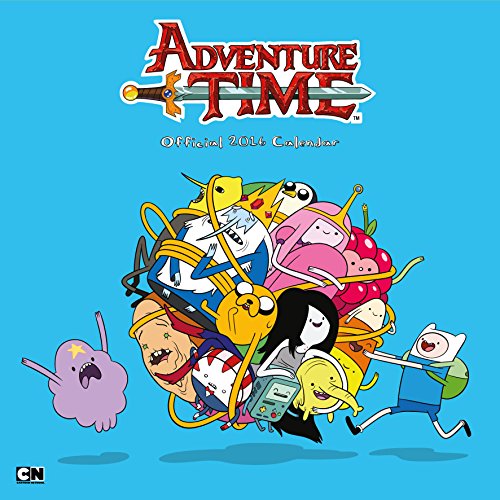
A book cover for The Official Adventure Time 2016 Square Calendar; Calendars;